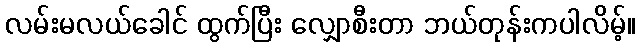
လမ်းမလယ်ခေါင် ထွက်ပြီး လျှောစီးတာ ဘယ်တုန်းကပါလိမ့်။